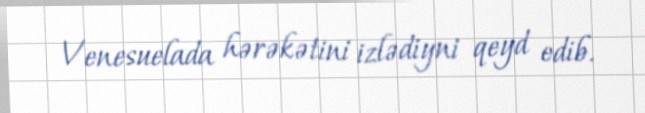
Venesuelada hərəkətini izlədiyni qeyd edib.